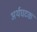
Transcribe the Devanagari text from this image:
अर्थघटक